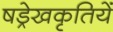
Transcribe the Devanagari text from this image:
षड्रेखकृतियें